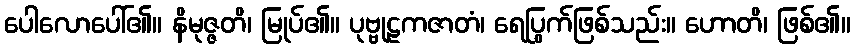
ပေါလောပေါ်၏။ နိမုဇ္ဇတိ၊ မြုပ်၏။ ပုဗ္ဗုဠကဇာတံ၊ ရေပြွက်ဖြစ်သည်း။ ဟောတိ၊ ဖြစ်၏။